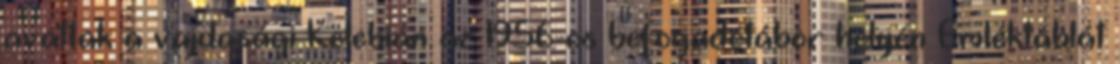
avattak a vajdasági Kelebián az 1956-os befogadótábor helyén Emléktáblát